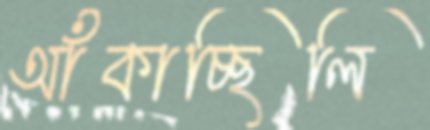
আঁকাচ্ছিলি